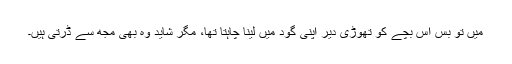
میں تو بس اس بچے کو تھوڑی دیر اپنی گود میں لینا چاہتا تھا، مگر شاید وہ بھی مجھ سے ڈرتی ہیں۔